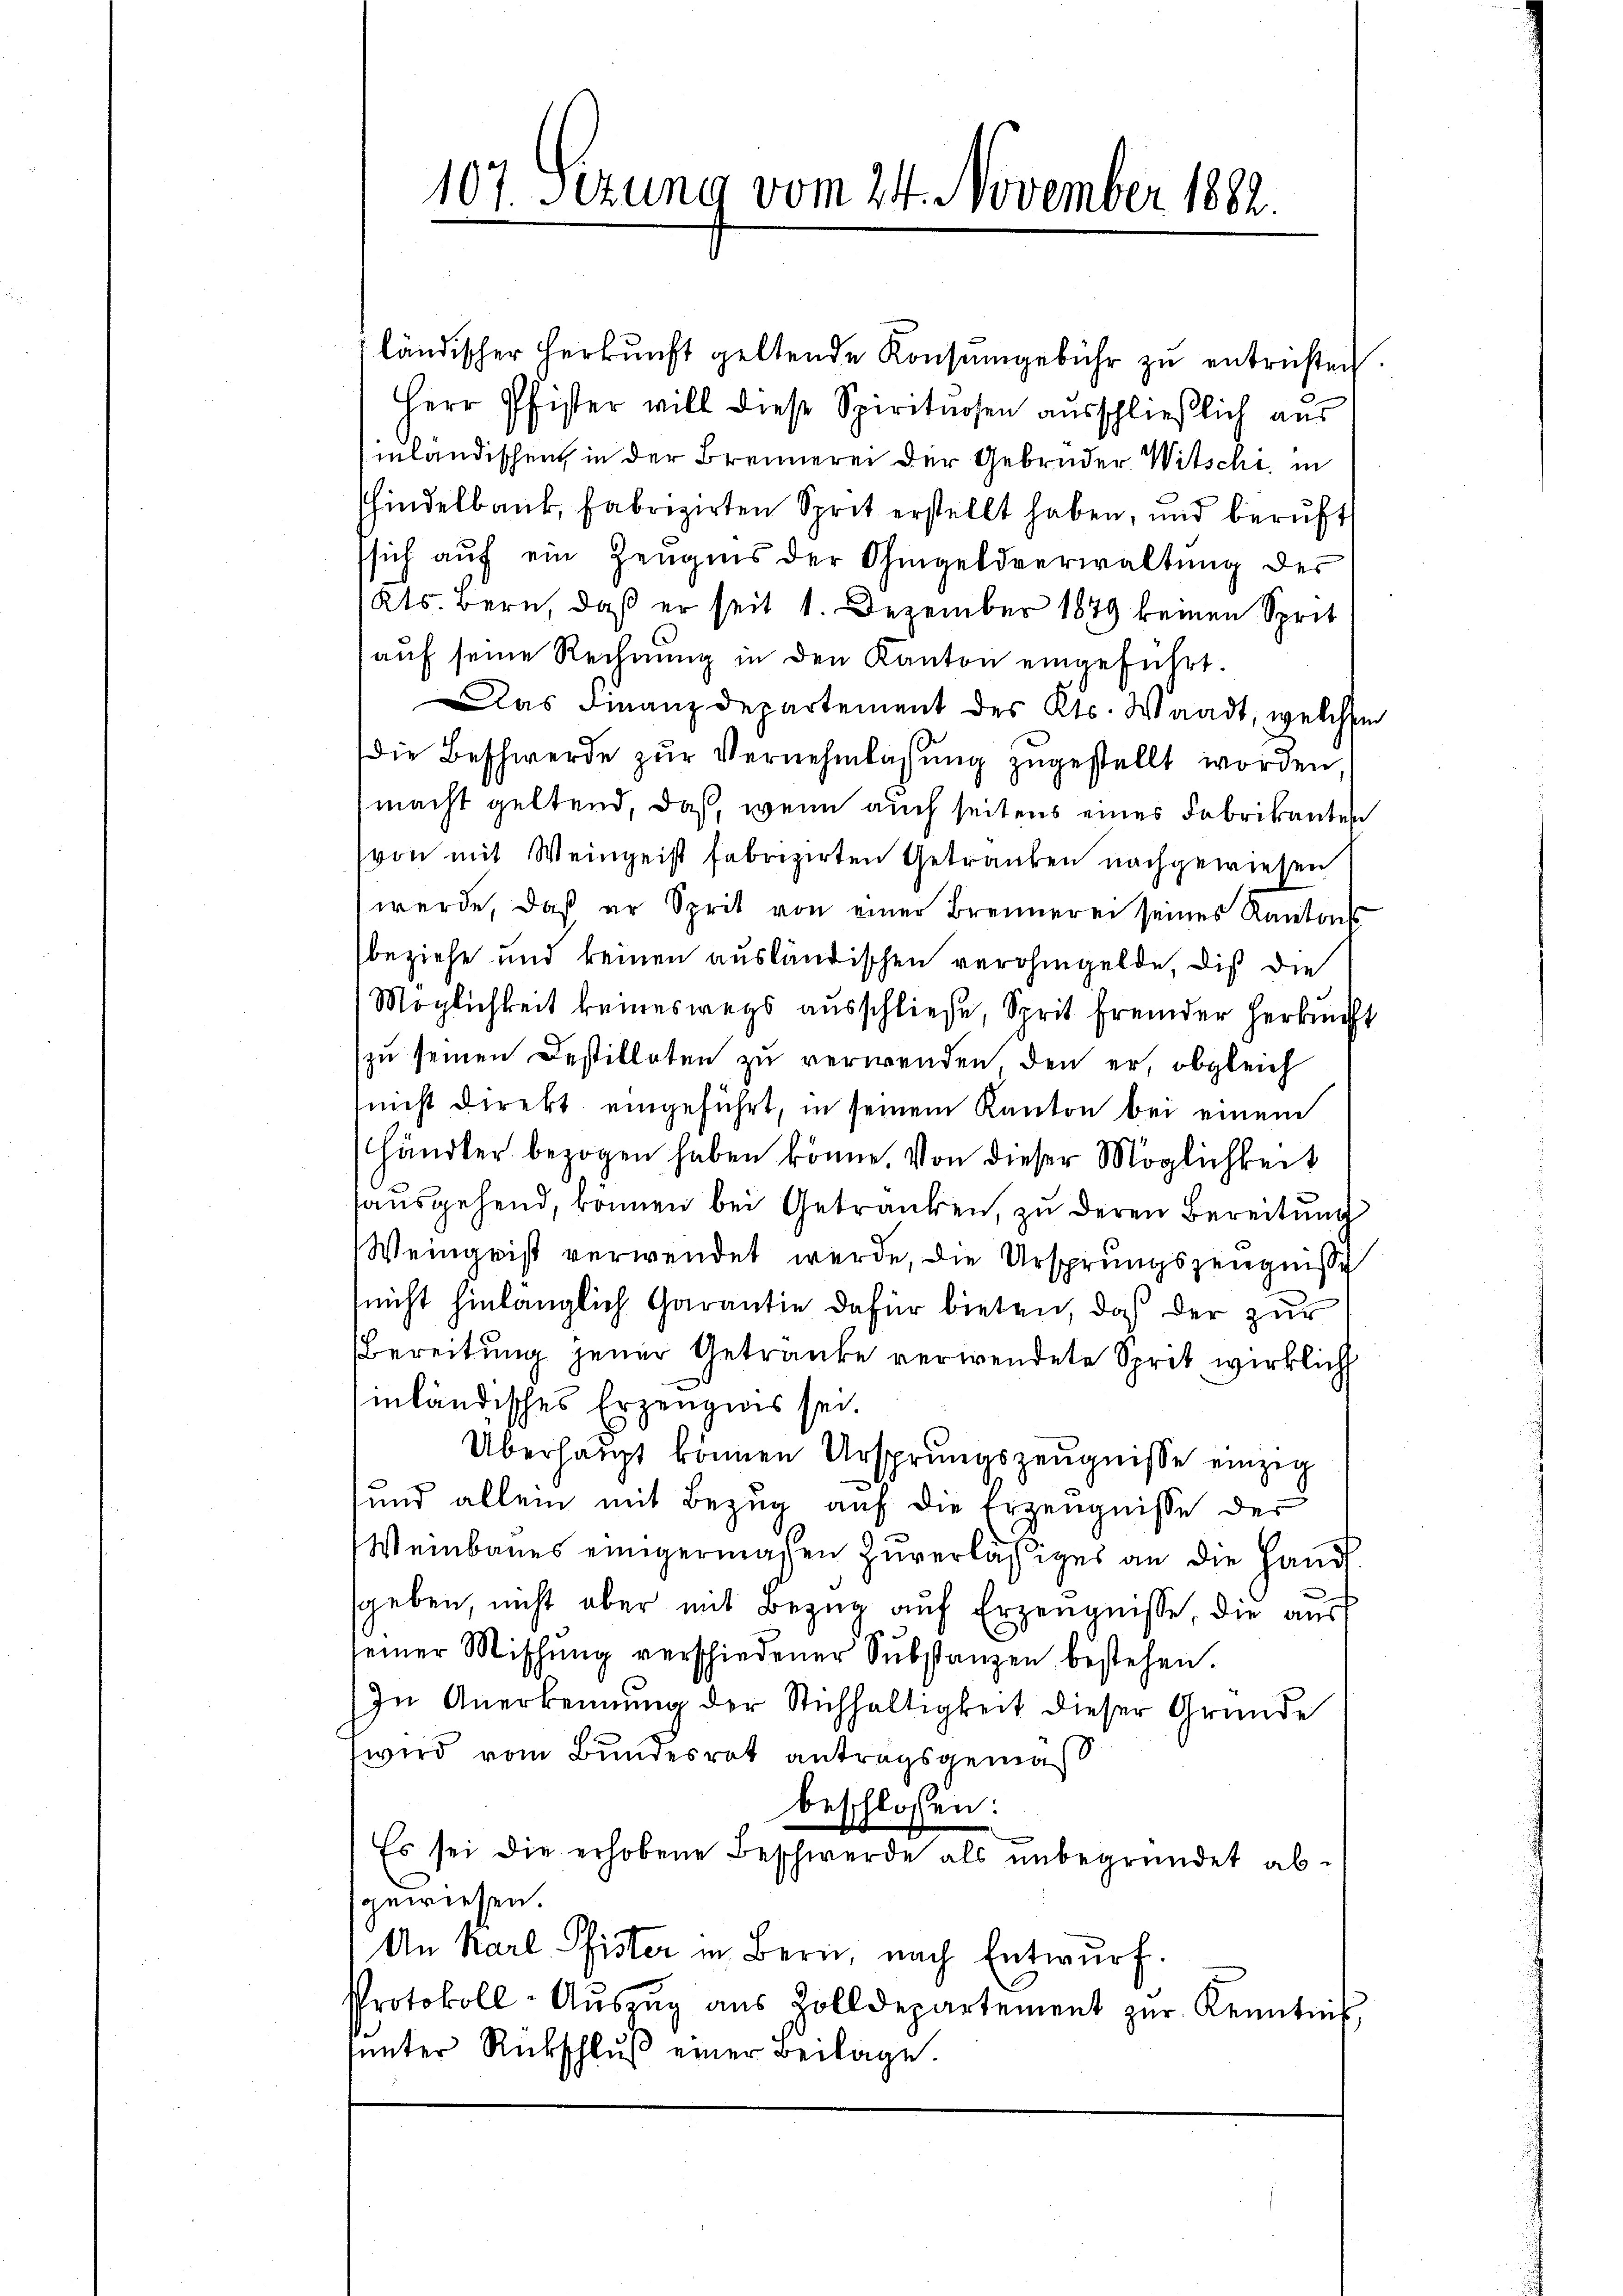
107. Sezung vom 24. November 1882

ländischer Herkŭnft geltende Konsŭmgebühr zŭ entrichten.
Herr Pfister will diese Spirituosen ausschließlich aus
inländischen in der Brennerei der Gebrüder Witschi. in
hindelbank, Fabrizirten Sprit erstellt haben, und berŭft
ssich auf ein Zeugnis der Ohmgeldverwaltung des
Kts. Bern, daß er seit 1. Dezember 1879 keinen Sprit
auf seine Rechnung in den Kanton eingeführt.
Das Finanzdepartement des Kts. Waadt, welchem
die Beschwerde zŭr Vernehmlassung zugestellt worden,
macht geltend, daß, wenn auch seitens eines Fabrikanten
von mit Weingeist fabrizirten Getranken nachgewiesen
werde, daß er Sprit von einer Brennerei seines Kantons
beziehe und keinen ausländischen verohngelde, die die
Möglichkeit keineswegs ausschließe, Sprit fremder Herkunft
zu seinen Destilleten zu verwenden, den er, obgleich
uicht direkt eingeführt, in seinem Kanton bei einem
händler bezogen haben könne. Von dieser Möglichkeit
ausgehend, können bei Getränken, zu deren Bereitung
Weingeist verwendet werde, die Ursprungszeugnisse
nicht hinlänglich Garantie dafür bieten, daß der zur
Bereitung jener Getränke verwendete Sprit, wirklich
hinländisches Erzeugnis sei.
Überhaupt können Ursprungszeugnisse einzig
und allein mit Bezug auf die Erzeugnisse der
Weinbaues einigermaßen zuverlässiges an die Handl.
geben, nicht aber mit Bezug auf Erzeugnisse, die aus
seiner Mischŭng verschiedener Substanzen bestehen.
In Anerkennung der Stichhaltigkeit dieser Gründe
wird vom Bundesrat antragsgemäß
beschlossen:
Es sei die erhobene Beschwerde als unbegründet abgewiessen.
An Karl Pfister in Bern, nach Entwurf.
Protokoll-Aŭszŭg aŭs Zolldepartement zŭr Kenntnis
sunter Rückschluß einer Beilage.